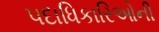
પદાધિકારિઓની